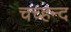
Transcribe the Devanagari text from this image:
चच्हन्द